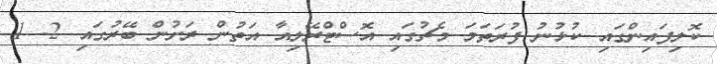
ކޮލިފައިންގައި ކުޅުނު ފުރަތަމަ މެޗުގައި އޮސްޓްރޭލިއާ އަތުން ރަށުން ބޭރުގައި 2- 1